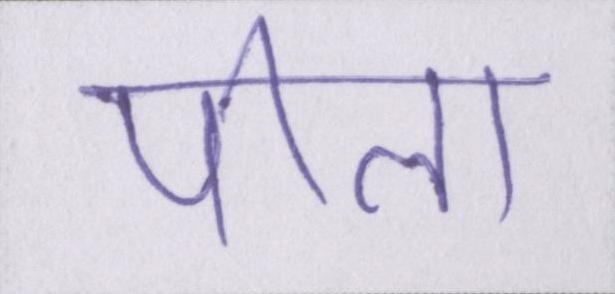
पीला